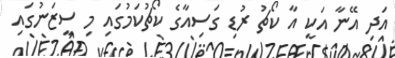
އަދި އޭނާ އަކީ އާ ކޯޗު ރުޑި ގަސިއާގެ ކޯޗުކަމުގައި މި ސީޒަނުގައި